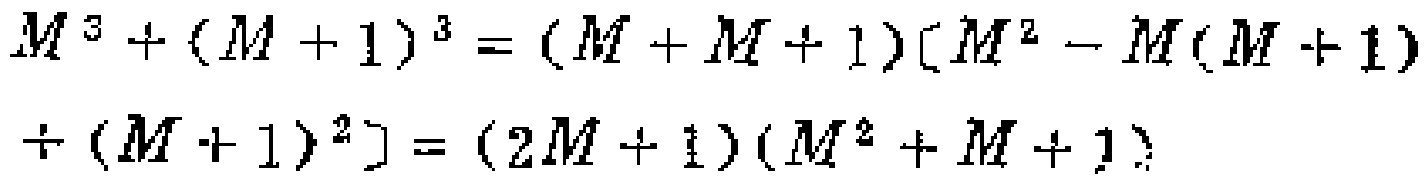
\[

\begin{align*}

M^{3}+(M + 1)^{3}&=(M + M + 1)[M^{2}-M(M + 1)+(M + 1)^{2}]\\

&=(2M + 1)(M^{2}+M + 1)

\end{align*}

\]